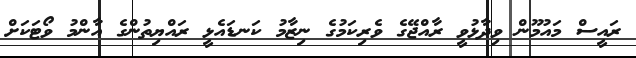
ރައީސް މައުމޫން ވިދާޅުވީ ރާއްޖޭގެ ވެރިކަމުގެ ނިޒާމު ކަނޑައެޅީ ރައްޔިތުންގެ އާންމު ވޯޓަކަށް